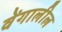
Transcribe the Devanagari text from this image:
वेंगालील